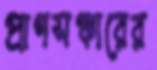
প্রাণসঞ্চারের